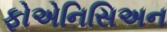
ફોએનિસિઅન